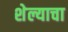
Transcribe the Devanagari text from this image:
शेल्याचा